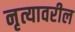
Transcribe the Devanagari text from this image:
नृत्यावरील